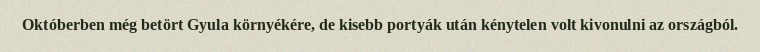
Októberben még betört Gyula környékére, de kisebb portyák után kénytelen volt kivonulni az országból.